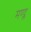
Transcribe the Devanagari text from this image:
मण्ट्ल